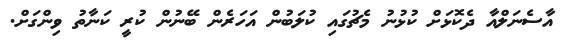
އާސެނަލްއާ ދެކޮޅަށް ކުޅުނު މެޗުގައި ކުލަބުން އަހަރެން ބޭނުން ކުރީ ކަނާތު ވިންގަށް.